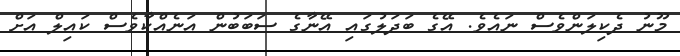
މޫނު ދެކިލަންވެސް ނައެވެ. އޭގެ ބަދަލުގައި އޭނާގެ ސަބަބުން އަނެއްކާވެސް ކައިލް އަށް